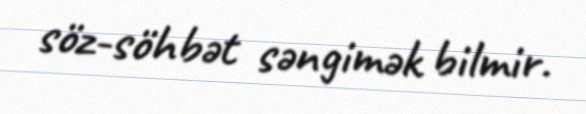
söz-söhbət səngimək bilmir.